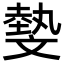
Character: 𣁞